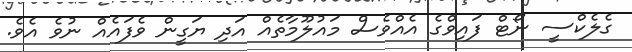
ގެލެކްސީ ނޯޓް ފައިވްގެ އެއްވެސް މައުލޫމާތެއް އަދި ޔަގީން ވެފައެއް ނުވެ އެވެ.